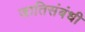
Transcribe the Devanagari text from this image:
जातिसंबंधी